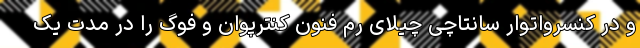
و در کنسرواتوار سانتاچی چیلای رم فنون کنترپوان و فوگ را در مدت یک